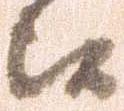
候